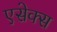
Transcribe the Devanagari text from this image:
एसेक्‍स